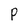
Character: P